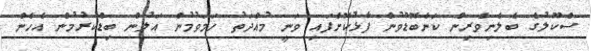
ސްކޫލުގެ ބެލެނިވެރިން ކަންބޮޑުވުން ފާޅުކޮށްފައި ވަނީ މުއްދަތު ހަމަވުމުން އަލުން ބިޑްކުރުމުން އެހެން